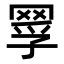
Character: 𦋄